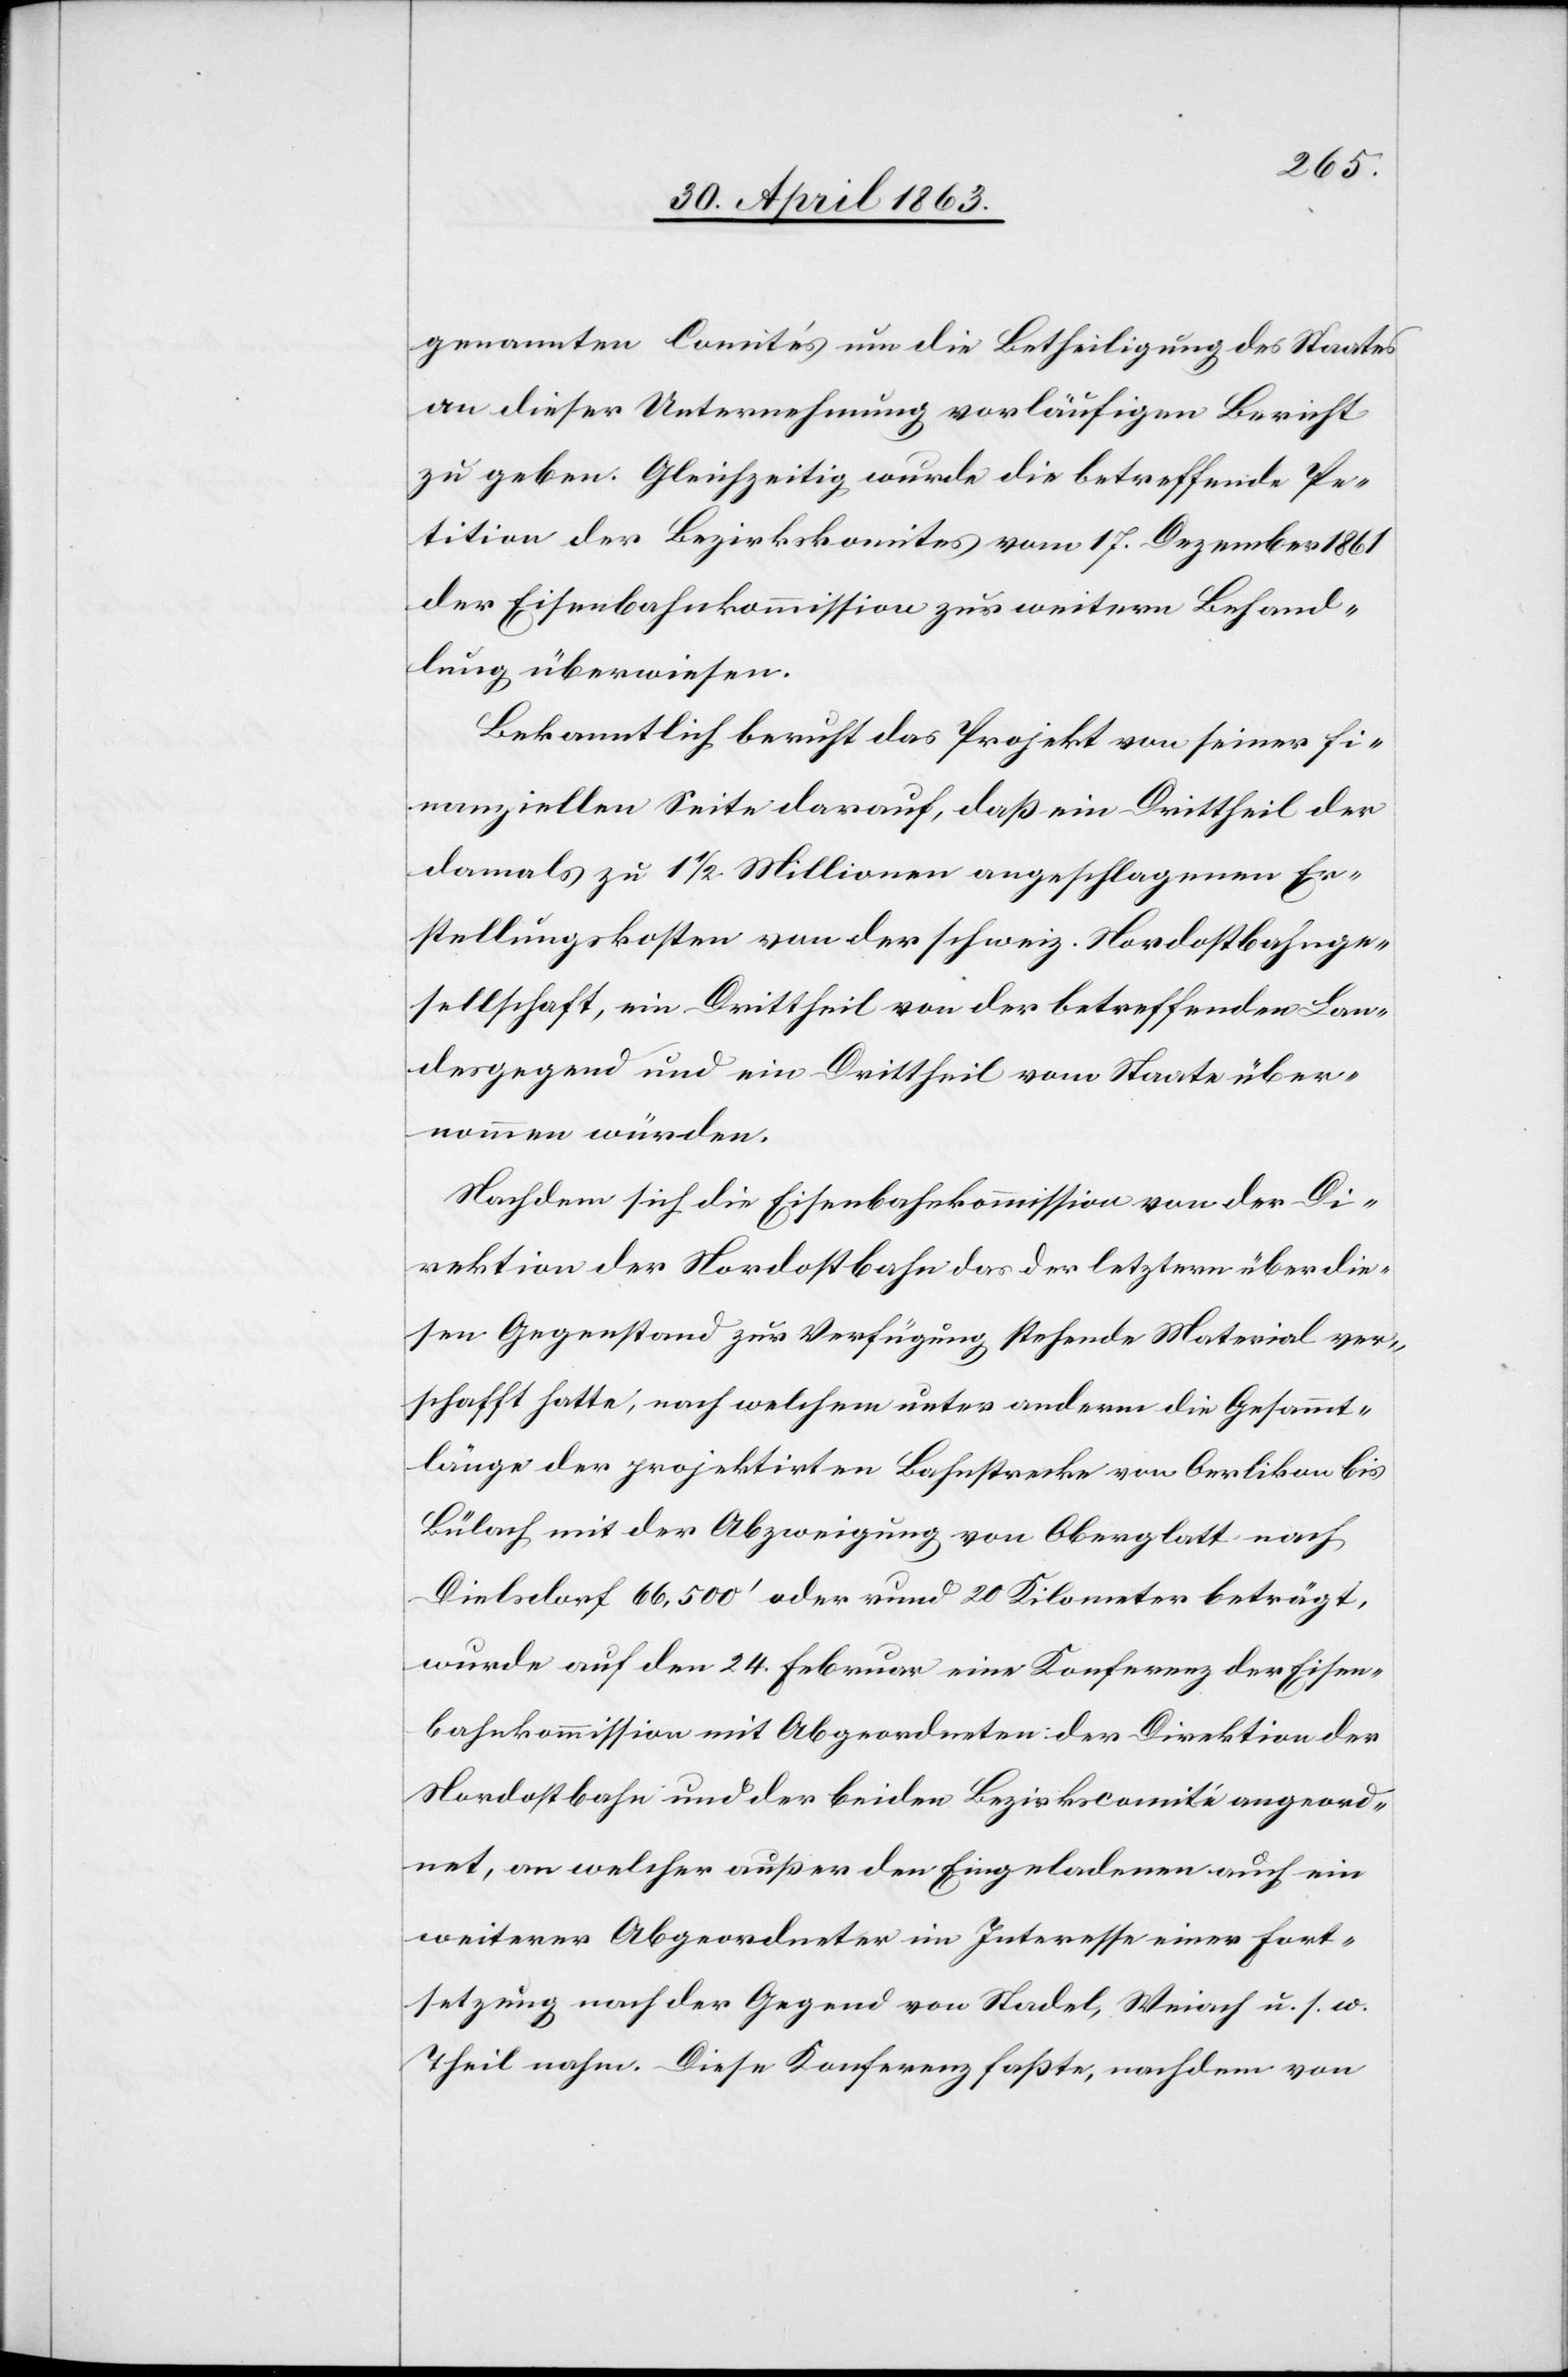
genannten Comités um die Betheiligung des Staates
an dieser Unternehmung vorläufigen Bericht
zu geben. Gleichzeitig wurde die betreffende Pe¬
tition der Bezirkskomites vom 17. Dezember 1861
der Eisenbahnkommission zur weitern Behand¬
lung überwiesen.
Bekanntlich beruht das Projekt von seiner fi¬
nanziellen Seite darauf, daß ein Drittheil der
damals zu 1 1/2 Millionen angeschlagenen Er¬
stellungskosten von der schweiz. Nordostbahnge¬
sellschaft, ein Drittheil von der betreffenden Lan¬
desgegend und ein Drittheil vom Staate über¬
nommen würden.
Nachdem sich die Eisenbahnkommission von der Di¬
rektion der Nordostbahn das der letztern über die¬
sen Gegenstand zur Verfügung stehende Material ver¬
schafft hatte, nach welchem unter anderm die Gesammt¬
länge der projektirten Bahnstrecke von Oerlikon bis
Bülach mit der Abzweigung von Oberglatt nach
Dielsdorf 66,500' oder rund 20 Kilometer beträgt,
wurde auf den 24. Februar eine Konferenz der Eisen¬
bahnkommission mit Abgeordneten der Direktion der
Nordostbahn und der beiden Bezirkscomité angeord¬
net, an welcher außer den Eingeladenen auch ein
weiterer Abgeordneter im Interesse einer Fort¬
setzung nach der Gegend von Stadel, Weiach u. s. w.
Theil nahm. Diese Konferenz faßte, nachdem von